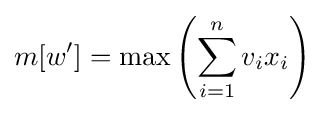
m[w']=\max \left(\sum _{i=1}^{n}v_{i}x_{i}\right)